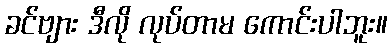
ခင်ဗျား ဒီလို လုပ်တာမ ကောင်းပါဘူး။